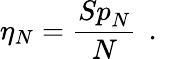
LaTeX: \eta_{N}=\frac{{Sp}_{N}}{N}\, \mathrm{~.~}